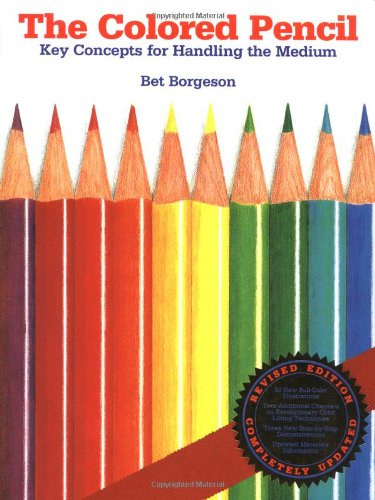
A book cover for The Colored Pencil: Key Concepts for Handling the Medium, Revised Edition; Bet Borgeson; Arts & Photography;